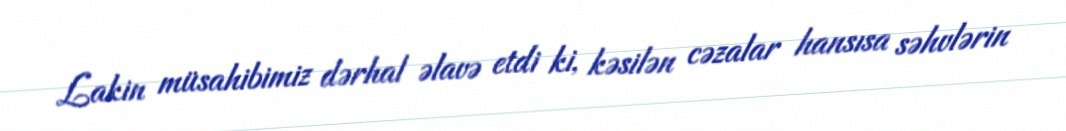
Lakin müsahibimiz dərhal əlavə etdi ki, kəsilən cəzalar hansısa səhvlərin